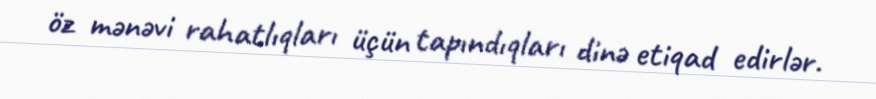
öz mənəvi rahatlıqları üçün tapındıqları dinə etiqad edirlər.